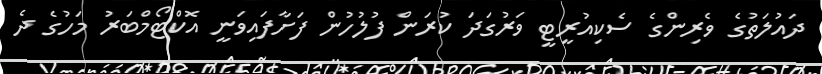
ދައުލަތުގެ ވެރިންގެ ސެކިއުރީޓީ ވަރުގަދަ ކުރަން ފުލުހުން ފަށާފައިވަނީ އޮކްޓޯމްބަރު މަހުގެ ދެ